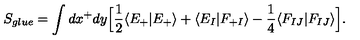
S _ { g l u e } = \int d x ^ { + } d y \Big [ \frac { 1 } { 2 } \langle E _ { + } | E _ { + } \rangle + \langle E _ { I } | F _ { + I } \rangle - \frac { 1 } { 4 } \langle F _ { I J } | F _ { I J } \rangle \Big ] .